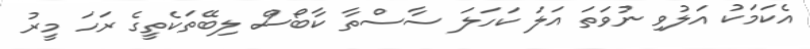
އެކަމަކު އަލުވި ނުވަތަ އަލަ ކަހަލަ ސާސްތާ ކާބޯސް ލިބޭތަކެތީގެ ރަހަ މީރު